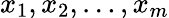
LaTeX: x_{1},x_{2},\dots,x_{m}